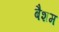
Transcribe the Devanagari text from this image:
बैशम